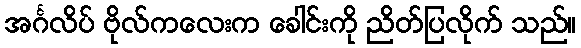
အင်္ဂလိပ် ဗိုလ်ကလေးက ခေါင်းကို ညိတ်ပြလိုက် သည်။